Report on horse surra - Volume I
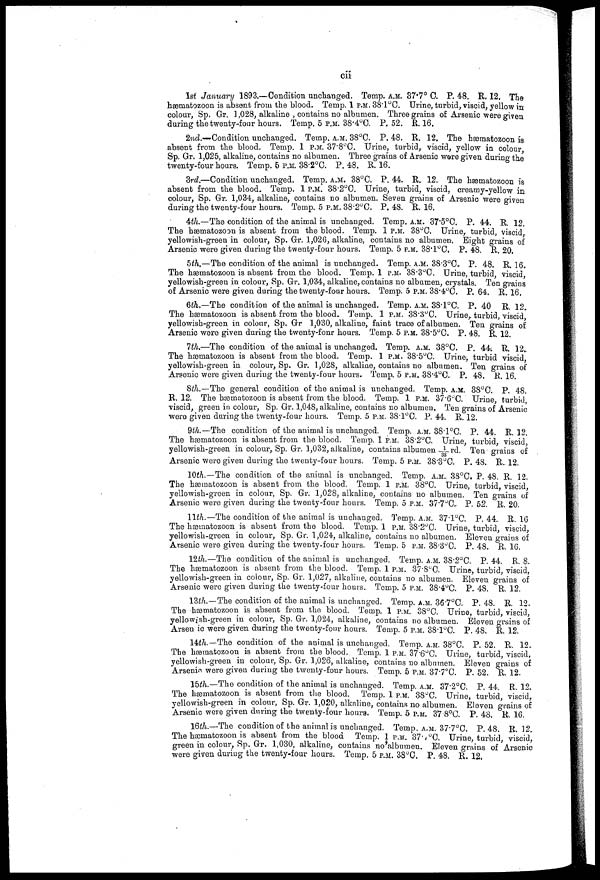
cii
1st January 1893.—Condition unchanged. Temp. A.M. 37.7° C. P. 48. R. 12.. The
hæmatozoon is absent from the blood. Temp. 1 P.M. 38.1°C. Urine, turbid, viscid, yellow in
colour, Sp. Gr. 1,028, alkaline , contains no albumen. Three grains of Arsenic were given
during the twenty-four hours. Temp. 5 P.M. 38.4°C. P, 52. ft. 16.
2nd.-—Condition unchanged. Temp. A.M. 38°C. P. 48. R. 12. The hæmatozoon is
absent from the blood. Temp. 1 P.M. 37.8°C. Urine, turbid, viscid, yellow in colour
Sp. Gr. 1,025, alkaline, contains no albumen. Three grains of Arsenic were given during the
twenty-four hours. Temp. 6 P.M. 38.2°C. P. 48. R. 16.
3rd.—Condition unchanged. Temp. A.M. 38°C. P. 44. R. 12.. The hæmatozoon is
absent from the blood. Temp. 1 P.M. 38.2°C. Urine, turbid, viscid, creamy-yellow in,
colour, Sp. Gr. 1,034, alkaline, contains no albumen. Seven grains of Arsenic were given
during the twenty-four hours. Temp. 5 P.M. 38.2°C. P. 4S. R. 16.
4th.—The condition of the animal is unchanged. Temp. A.M. 37.5°C. P. 44. R. 12.
The hæmatozoon is absent from the blood. Temp. 1 P.M. 38°C. Urine, turbid, viscid,
yellowish-green in colour, Sp. Gr. 1,026, alkaline, contains no albumen. Bight grains of
Arsenic were given during the twenty-four hours. Temp. 5 P.M. 38.1°C. P. 48. R. 20.
5th.—The condition of the animal is unchanged. Temp. A.M. 38.3°C. P. 48. R. 16.
The hæmatozoon is absent from the blood. Temp. 1 P.M. 38.3°C. Urine, turbid viscid
yellowish-green in colour, Sp. Gr. 1,034, alkaline, contains no albumen, crystals. Ten grains
of Arsenic were given during the twenty-four hours. Temp. 5 P.M. 38.4°C. P. 64. R. 16.
6th.—The condition of the animal is unchanged. Temp. A.M. 38.1°C. P. 40 R. 12..
The hæmatozoon is absent from the blood. Temp. 1 P.M. 38.3°C. Urine, turbid, viscid
yellowish-green in colour, Sp. Gr 1,030, alkaline, faint trace of albumen. Ten grains of
Arsenic were given during the twenty-four hours. Temp. 5 P.M. 38.5°C. P. 48. R. 12.
7th.—The condition of the animal is unchanged. Temp. A.M. 38°C. P. 44i R. 12..
The hæmatozoon is absent from the blood. Temp. 1 P.M. 38.5°C. Urine, turbid viscid
yellowish-green in colour, Sp. Gr. 1,028, alkaline, contains no albumen. Ten grains of
Arsenic were given during the twenty-four hours. Temp. 5 P.M. 38.4°C. P. 48. R. 16.
8th.—The general condition of the animal is unchanged. Temp. A.M. 3S°C. P. 48.
R. 12. The hæmatozoon is absent from the blood. Temp. 1 P.M. 37.6°C. Urine turbid
viscid, green in colour, Sp. Gr. 1,048, alkaline, contains no albumen, Ten grains of Arsenic
were given during the twenty-four hours. Temp. 5 P.M. 38.1°C. P. 44. R. 12.
9th.—The condition of the animal is unchanged. Temp. A.M. 38.1°C. P. 44. R, 12.
The hæmatozoon is absent from the blood. Temp. 1 P.M. 38.2°C. Urine, turbid . viscid
yellowish-green in colour,. Sp. Gr. 1,032, alkaline, contains albumen 1/33rd. Ten grains of
Arsenic were given during the twenty-four hours. Temp. 5 P.M. 38.3°C. P. 48. R.. 12.
10th.—The condition of the animal is unchanged. Temp. A.M.. 38°C. P. 48. R. 12.
The hæmatozoon is absent from the blood. Temp. 1 P.M. 38°C. Urine, turbid viscid
yellowish-green in colour, Sp. Gr. 1,028, alkaline, contains no albumen. Ten grains of
Arsenic were given during the twenty-four hours. Temp. 5 P.M. 37.7°C. P. 52. R. 20.
11th.—The condition of the animal, is unchanged.. Temp. A.M. 37.1°C. P. 44.. R. 16
The hærnatozoon is absent from the blood. Temp. 1 P.M. 38.2°C. Urine, turbid viscid
yellowish-green in colour, Sp. Gr. 1,024, alkaline, contains no albumen. Eleven grains of
Arsenic were given during the twenty-four hours. Temp. 5 P.M. 38.3°C. P. 48. R. 16.
12th.—The condition of the animal is unchanged. Temp. A.M. 38.2°C. P. 44. R. 8..
The hæmatozoon is absent from the blood. Temp. 1 P.M. 37.8°C. Urine, turbid, viscid,
yellowish-green in colour, Sp. Gr. 1,027, alkaline, contains no albumen. Eleven grains of
Arsenic were given during the twenty-four hours. Temp. 5 P.M. 38.4°C. P.. 48. R. 12.
13th.—The condition of the animal is unchanged. Temp. A.M. 367°C. P. 48. R. 12.
The hærnatozoon is absent from the blood. Temp. 1 P.M.. 38°C. Urine, turbid, viscid,
yellowish-green in colour, Sp. Gr. 1,024, alkaline, contains no albumen. Eleven grains of
Arsen ic were given during the twenty-four hours. Temp. 5 P.M. 38.l°C. P. 48. R. 12.
14th.—The condition of the animal is unchanged. Temp. A.M. 38°C. P. 52. R. 12.
The hæmatozoon is absent from the blood. Temp. 1 P.M.. 37.6°C Urine, turbid, viscid,
yellowish-green in colour, Sp. Gr. 1,026, alkaline, contains no albumen. Eleven grains of
Arsenic, were given during the twenty-four hours. Temp. 5 P.M. 37.7°C. P. 52. R. 12.
15th.—The condition of the animal is unchanged. Temp. A.M. 37.2°C. P. 44. R. 12.
The hæmatozoon is absent from the blood. Temp.. 1 P.M. 38°C. Urine, turbid viscid.
yellowish-green in colour, Sp. Gr. 1,020, alkaline, contains no albumen. Eleven grains of
Arsenic were given during the twenty-four hours. Temp. 5 P.M. 37 8°C. P. 48. R. 16.
16th.—The condition of the animal is unchanged. Temp. A.M. 377°C. P. 48. R. 12.
The hæmatozoon is absent from the blood Temp. 1 P.M. 37. /°C. Urine, turbid, viscid,
green in colour, Sp. Gr. 1,030, alkaline, contains no albumen. Eleven grains of Arsenic
were given during the twenty-four hours. Temp. 5 P.M. 38°C. P. 48. R, 12.